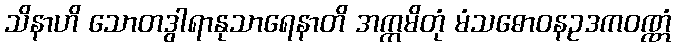
သိနာဟိ သောတဒွါရာနုသာရေနာတိ အက္ကမိတုံ မံသဓောဝနဥဒကဝဏ္ဏံ